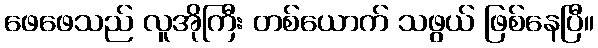
ဖေဖေသည် လူအိုကြီး တစ်ယောက် သဖွယ် ဖြစ်နေပြီ။